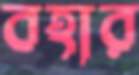
বহার